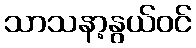
သာသနာ့နွယ်ဝင်